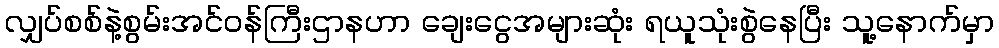
လျှပ်စစ်နဲ့စွမ်းအင်ဝန်ကြီးဌာနဟာ ချေးငွေအများဆုံး ရယူသုံးစွဲနေပြီး သူ့နောက်မှာ